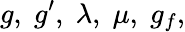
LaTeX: g,\; g^{\prime},\; \lambda,\; \mu,\; g_{f},